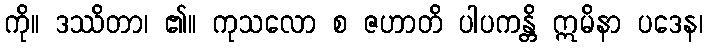
ကို။ ဒဿိတာ၊ ၏။ ကုသလော စ ဇဟာတိ ပါပကန္တိ ဣမိနာ ပဒေန၊